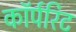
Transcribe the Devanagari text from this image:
कॉर्परिट